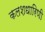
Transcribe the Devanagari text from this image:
कलशधारिणी